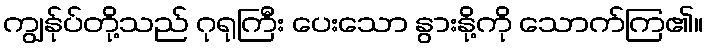
ကျွန်ုပ်တို့သည် ဂုရုကြီး ပေးသော နွားနို့ကို သောက်ကြ၏။